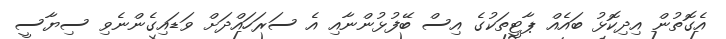
އެގޮތުން އިދިކޮޅު ބައެއް ޕާޓީތަކުގެ އިސް ބޭފުޅުންނާއި އެ ސަރަހައްދަށް ވަޑައިގެންނެވި ސިޔާސީ